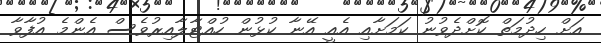
އަށް ހިދުމަތް ކޮށްދެވުނު ކަމަށާއި އެއީ އޭނާ ކުޅުން ހުއްޓާލާއިރުވެސް އެންމެ އުފާވާ